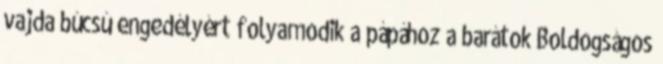
vajda búcsú engedélyért folyamodik a pápához a barátok Boldogságos